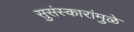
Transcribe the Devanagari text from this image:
सुसंस्कारांमुळे